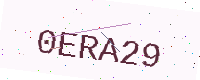
Text: 0ERA29